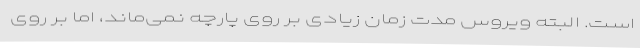
است. البته ویروس مدت زمان زیادی بر روی پارچه نمی‌ماند، اما بر روی